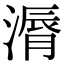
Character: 漘